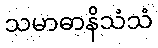
သမာဓာနိသံသံ